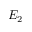
E _ { 2 }